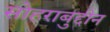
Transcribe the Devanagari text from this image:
सोहराबुद्दीन